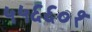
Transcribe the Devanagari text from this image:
५५६६०१